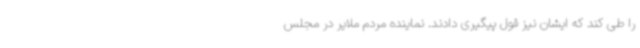
را طی کند که ایشان نیز قول پیگیری دادند. نماینده مردم ملایر در مجلس